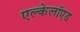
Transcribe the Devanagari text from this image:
एल्केलॉएड